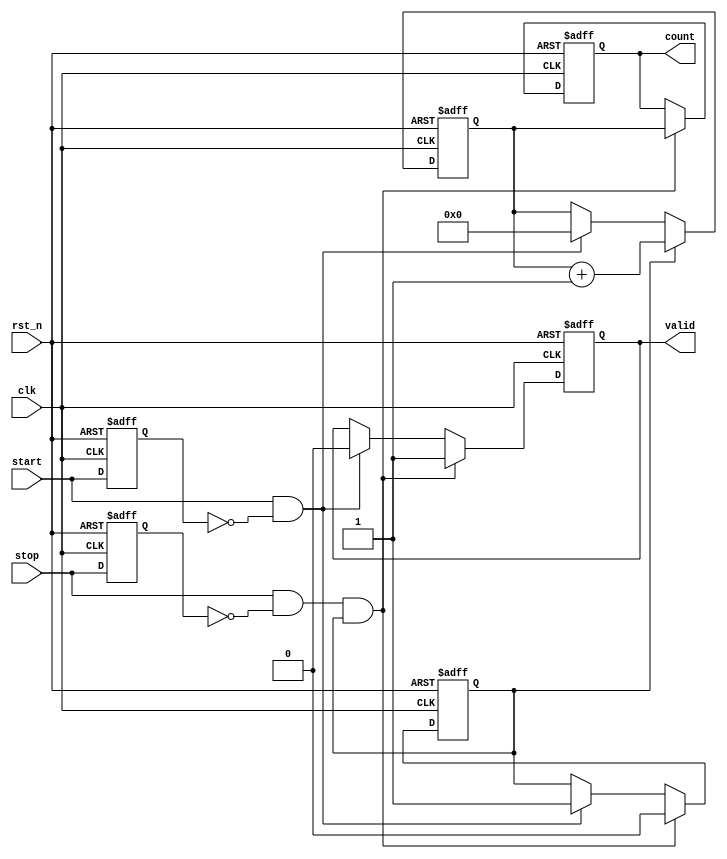
module tdc_single_shot (
    input wire clk,            // High-frequency clock
    input wire rst_n,         // Active-low reset
    input wire start,         // Start signal
    input wire stop,          // Stop signal
    output reg [31:0] count,  // Output count value (32-bit)
    output reg valid          // Indicates valid output
);

    reg [31:0] counter;       // Counter to count clock cycles
    reg counting;             // State to indicate counting is active

    // Edge detection for Start and Stop signals
    reg start_d;              // Delayed Start signal
    reg stop_d;               // Delayed Stop signal

    // Edge detection logic
    always @(posedge clk or negedge rst_n) begin
        if (!rst_n) begin
            start_d <= 1'b0;
            stop_d <= 1'b0;
        end else begin
            start_d <= start;
            stop_d <= stop;
        end
    end

    // Counter logic
    always @(posedge clk or negedge rst_n) begin
        if (!rst_n) begin
            counter <= 32'b0;
            counting <= 1'b0;
            count <= 32'b0;
            valid <= 1'b0;
        end else begin
            if (start && !start_d) begin // Rising edge of Start
                counting <= 1'b1;       // Start counting
                counter <= 32'b0;       // Reset counter
                valid <= 1'b0;          // Invalidate output
            end
            
            if (counting) begin
                counter <= counter + 1; // Increment counter
            end
            
            if (stop && !stop_d && counting) begin // Rising edge of Stop
                counting <= 1'b0;       // Stop counting
                count <= counter;       // Latch the counter value
                valid <= 1'b1;          // Mark output as valid
            end
        end
    end

endmodule